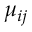
\mu _ { i j }